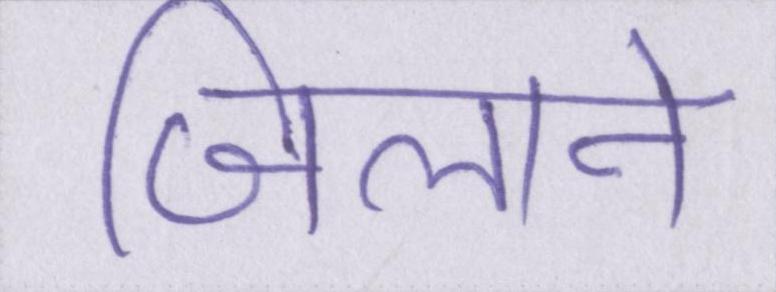
जिलाने